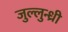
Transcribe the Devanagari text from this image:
जुल्लुन्ध्री